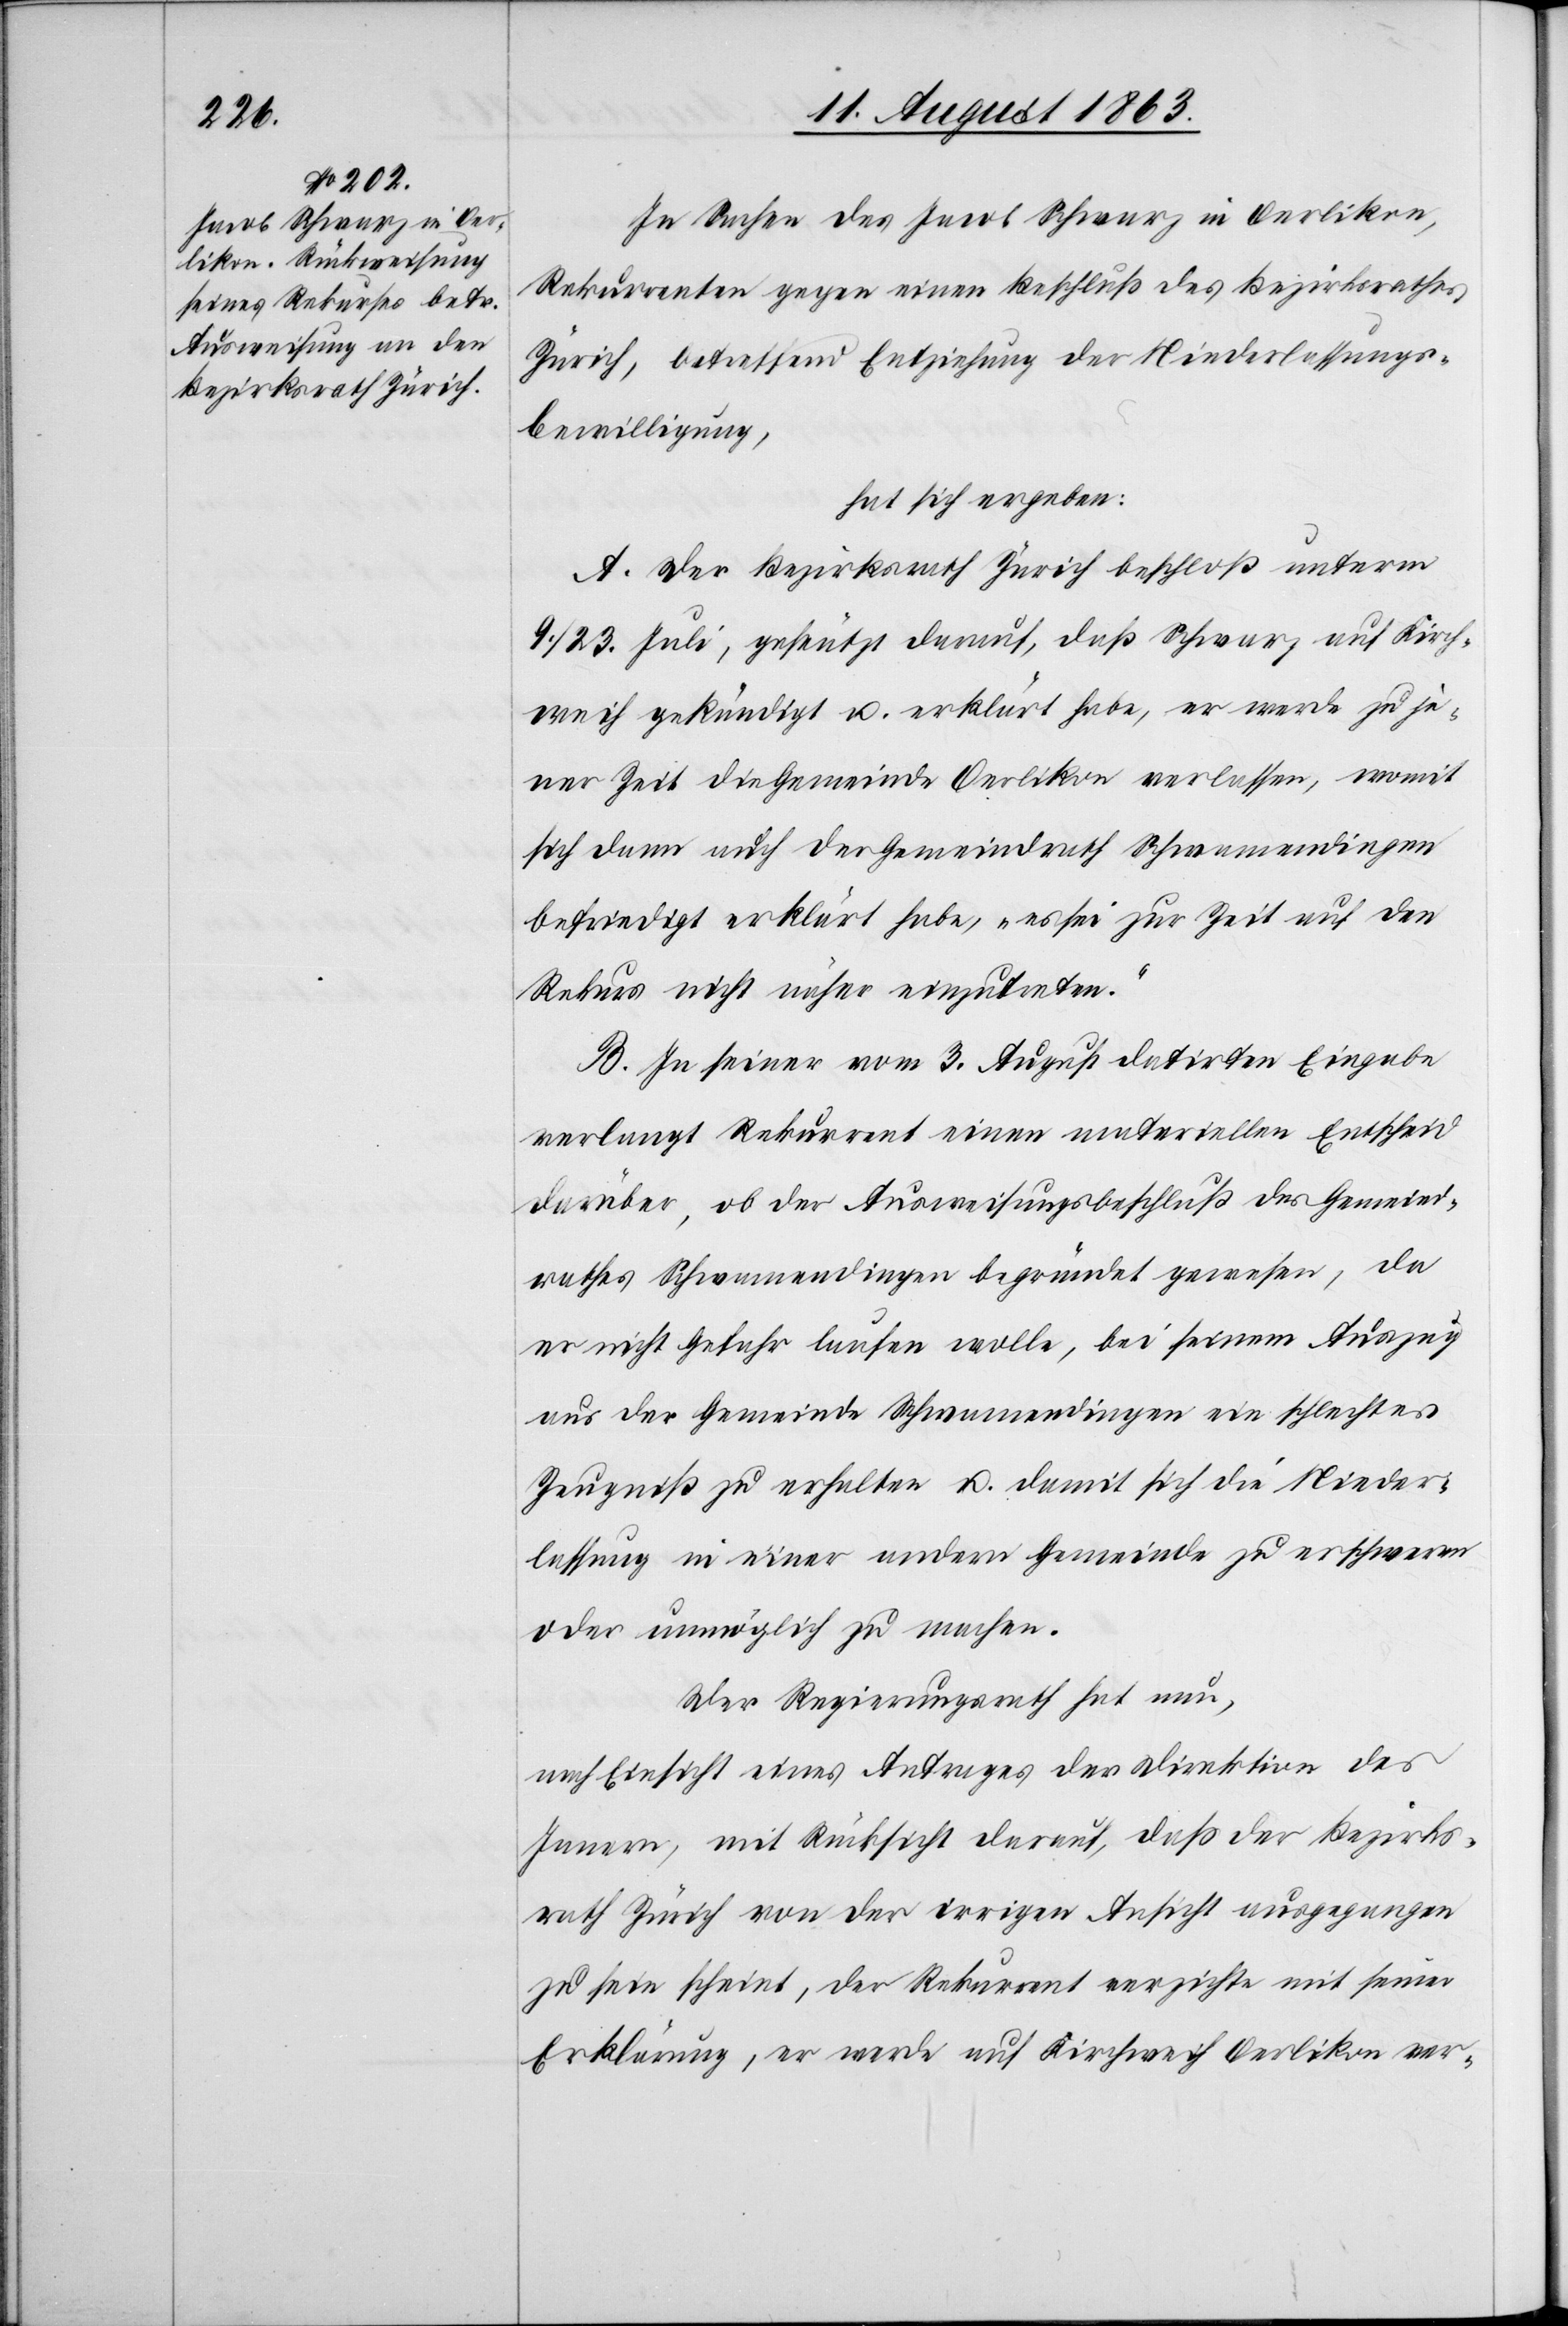
In Sachen des Jacob Schwarz in Oerlikon,
Rekurrenten gegen einen Beschluß des Bezirksrathes
Zürich, betreffend Entziehung der Niederlassungs¬
bewilligung,
hat sich ergeben:
A. Der Bezirksrath Zürich beschloß unterm
9./23. Juli, gestützt darauf, daß Schwarz auf Kirch¬
weih gekündigt u. erklärt habe, er werde zu je¬
ner Zeit die Gemeinde Oerlikon verlassen, womit
sich dann auch der Gemeindrath Schwamendingen
befriedigt erklärt habe, „es sei zur Zeit auf den
Rekurs nicht näher einzutreten“.
B. In seiner vom 3. August datirten Eingabe
verlangt Rekurrent einen materiellen Entscheid
darüber, ob der Ausweisungsbeschluß des Gemeind¬
rathes Schwamendingen begründet gewesen, da
er nicht Gefahr laufen wolle, bei seinem Auszug
aus der Gemeinde Schwamendingen ein schlechtes
Zeugniß zu erhalten u. damit sich die Nieder¬
lassung in einer andern Gemeinde zu erschweren
oder unmöglich zu machen.
Der Regierungsrath hat nun,
nach Einsicht eines Antrages der Direktion des
Innern, mit Rücksicht darauf, daß der Bezirks¬
rath Zürich von der irrigen Ansicht ausgegangen
zu sein scheint, der Rekurrent verzichte mit seiner
Erklärung, er werde auf Kirchweih Oerlikon ver-